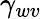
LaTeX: \gamma_{wv}